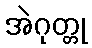
အဲဂုတ္တု